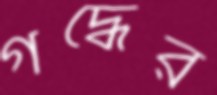
গদ্ধের